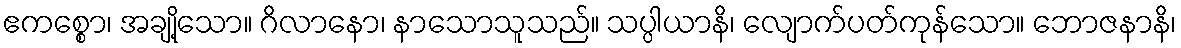
ဧကစ္စော၊ အချို့သော။ ဂိလာနော၊ နာသောသူသည်။ သပ္ပါယာနိ၊ လျောက်ပတ်ကုန်သော။ ဘောဇနာနိ၊